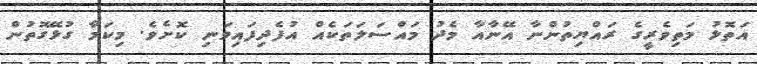
އަތޮޅު މަތިވެރީގެ ރައްޔިތުންނާ އޭނާއާ މެދު މައްސަލަތަކެއް އުފެދިފައިވަނި ކޮށެވެ. މިކަމާ ގުޅޭގޮތުން